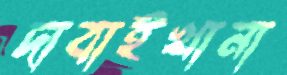
দাবাইখানা